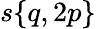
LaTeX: s{\left\{ \begin{array}{l}{q,2p}\end{array}\right\} }